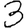
Digit: 3